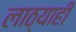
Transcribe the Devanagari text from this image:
लाठ्याही